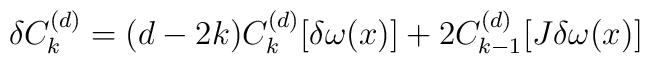
\delta C^{(d)}_{k}=(d-2k)C^{(d)}_{k}[\delta \omega (x)]+2C^{(d)}_{k-1}[J \delta \omega (x)]